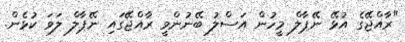
"ރާއްޖޭގެ އުޅޭ ނޭޕާލް މީހުން އަސްލު ބޭނުންވީ ރާއްޖޭގައި ނޭޕާލް ލަވަ ކުޅެން.